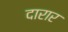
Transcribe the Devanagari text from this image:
दारार